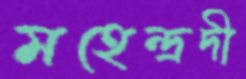
মহেন্দ্রদী